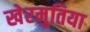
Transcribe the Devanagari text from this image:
खेरमुतिया